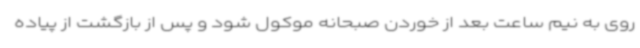
روی به نیم ساعت بعد از خوردن صبحانه موکول شود و پس از بازگشت از پیاده